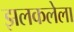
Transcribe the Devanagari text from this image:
झलकलेला